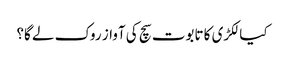
کیا لکڑی کا تابوت سچ کی آواز روک لے گا؟